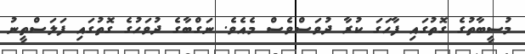
މުސީބާތުގެ ގޮތުގައި ފާހަގަ ކުރާ ދުވަސްވެސް މެއެވެ. ނަގްބާގެ ދުވަހުގެ ގޮތުގައި ފަަލަސްތީނު